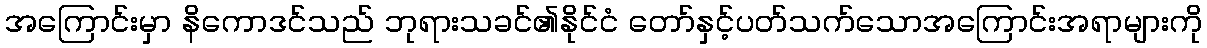
အကြောင်းမှာ နိကောဒင်သည် ဘုရားသခင်၏နိုင်ငံ တော်နှင့်ပတ်သက်သောအကြောင်းအရာများကို